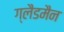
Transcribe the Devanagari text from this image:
ग्लैडमैन